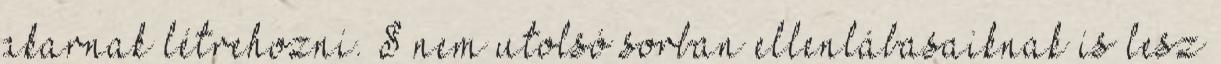
akarnak létrehozni. S nem utolsó sorban ellenlábasaiknak is lesz